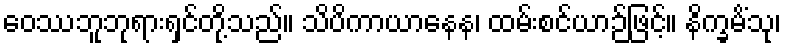
ဝေဿဘူဘုရားရှင်တို့သည်။ သိပိကာယာနေန၊ ထမ်းစင်ယာဉ်ဖြင့်။ နိက္ခမိံသု၊